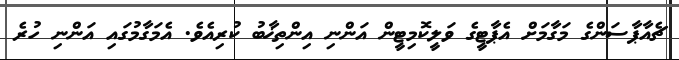
ޗެއާޕާސަންގެ މަގާމަށް އެޕާޓީގެ ވަލީކޮމިޓީން އަންނި އިންތިޚާބު ކުރިއެވެ. އެމަގާމުގައި އަންނި ހުރެ